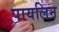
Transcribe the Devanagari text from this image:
पायलिन